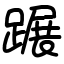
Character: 蹍